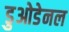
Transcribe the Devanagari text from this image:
डुओडेनल